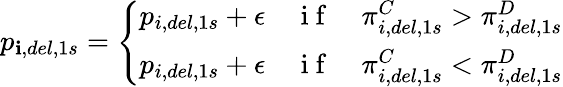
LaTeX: p_{\mathbf{i},del,1s}=\left\{ \begin{array}{ll}{p_{i,del,1s}+\epsilon}&{\mathrm{~i~f~}\quad\pi_{i,del,1s}^{C}>\pi_{i,del,1s}^{D}}\\ {p_{i,del,1s}+\epsilon}&{\mathrm{~i~f~}\quad\pi_{i,del,1s}^{C}<\pi_{i,del,1s}^{D}}\end{array}\right.